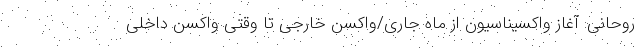
روحانی: آغاز واکسیناسیون از ماه جاری/واکسن خارجی تا وقتی واکسن داخلی